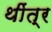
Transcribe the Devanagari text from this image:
थींत्र